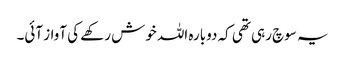
یہ سوچ رہی تھی کہ دوبارہ اللہ خوش رکھے کی آواز آئی۔